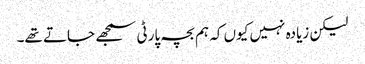
لیکن زیادہ نہیں کیوں کہ ہم بچہ پارٹی سمجھے جاتے تھے۔